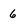
Character: 6